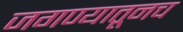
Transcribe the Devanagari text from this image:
जगण्यातूनच